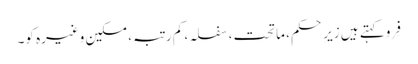
فِرو کہتے ہیں زیرِ حکم، ماتحت، سفلہ، کم رتبہ، مسکین وغیرہ کو۔